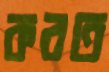
করত